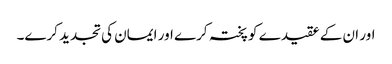
اور ان کے عقیدے کو پختہ کرے اور ایمان کی تجدید کرے۔